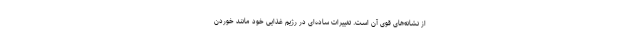
از نشانه‌های قوی آن است. تغییرات ساده‌ای در رژیم غذایی خود مانند خوردن